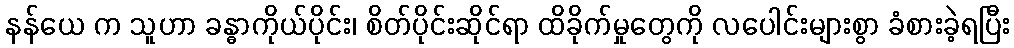
နန်ယေ က သူဟာ ခန္ဓာကိုယ်ပိုင်း၊ စိတ်ပိုင်းဆိုင်ရာ ထိခိုက်မှုတွေကို လပေါင်းများစွာ ခံစားခဲ့ရပြီး